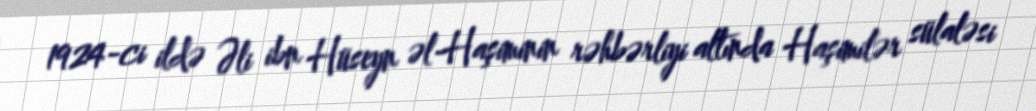
1924-ci ildə Əli ibn Hüseyn əl-Haşiminin rəhbərliyi altında Haşimilər sülaləsi